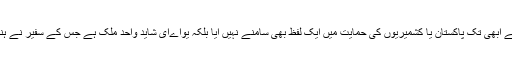
ان دونوں ممالک کی طرف سے ابھی تک پاکستان یا کشمیریوں کی حمایت میں ایک لفظ بھی سامنے نہیں آیا بلکہ یواےای شاید واحد ملک ہے جس کے سفیر نے ہندوستان کے حق میں بیان دیا ۔